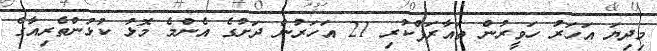
މިދިޔަ އަހަރު ހަވީރުން ތައާރަފްކުރި 21 އަހަރުން ދަށުގެ އެންމެ މޮޅު ކުޅުންތެރިއާގެ